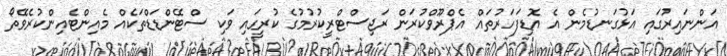
އަންނައިރުގައި އަޅުގަނޑުމެން އެ އޮޑިފަހަރުތައް އެޕްރޫވްކުރަން ރަޖިސްޓްރީކުރުމުގެ ކުރީގައި ވަކި ސްޓޭންޑަޑްތަކެއް މެއިންޓެއިންކުރެވޭތޯ